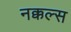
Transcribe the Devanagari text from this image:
नक्कल्स